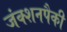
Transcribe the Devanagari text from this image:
जंक्शनपैकी